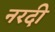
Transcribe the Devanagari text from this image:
नरदी